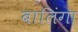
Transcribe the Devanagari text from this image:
बालिंगा